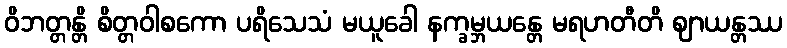
ဝိဘတ္တန္တိ စိတ္တဝါစကော ပရိသေသံ မယူခေါ နက္ခမ္ဘယန္တေ မရဟတီတိ ဈာယန္တဿ